Lunatic asylums Burma 1907-21 - 1907-1921
Year: 1907
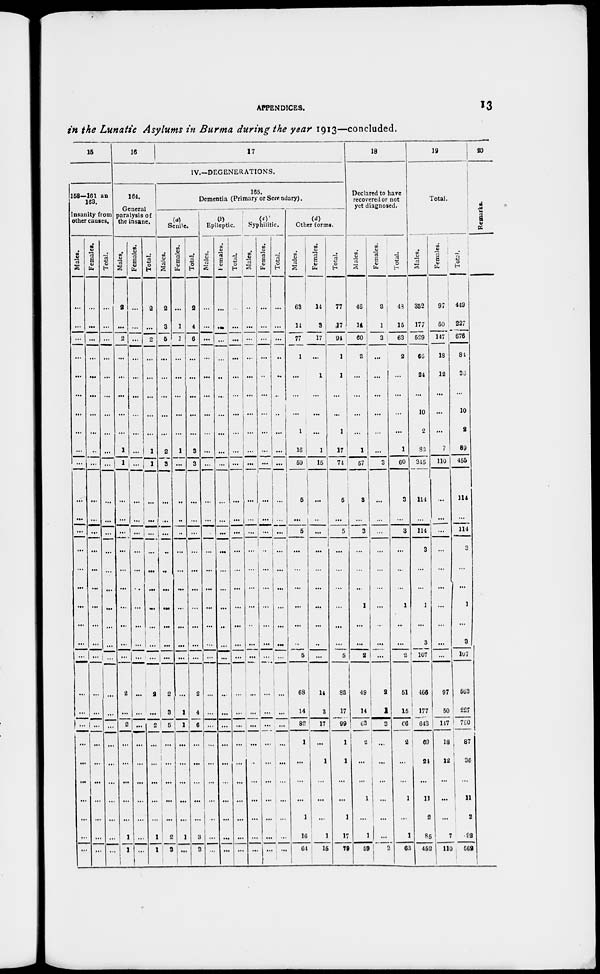
APPENDICES.
13
in the Lunatic Asylums in Burma during the year 1913—concluded.
15
158—161 an
163.
Insanity from
other causes.
Males.
...
...
...
...
...
...
...
...
...
...
...
...
...
...
...
...
...
...
...
...
...
...
...
...
...
...
...
...
Females.
...
...
...
...
...
...
...
...
...
...
...
...
...
...
...
...
...
...
...
...
...
...
...
...
...
...
...
...
Total.
...
...
...
...
...
...
...
...
...
...
...
...
...
...
...
...
...
...
...
...
...
...
...
...
...
...
...
...
16
17
IV.—DEGENERATIONS.
164.
General
paralysis of
the insane.
Males.
2
...
2
...
...
...
...
1
1
...
...
...
...
...
...
...
...
...
2
...
2
...
...
...
...
...
1
1
Females.
...
...
...
...
...
...
...
...
...
...
...
...
...
...
...
...
...
...
...
...
...
...
...
...
...
...
...
...
Total.
2
...
2
...
...
...
...
1
1
...
...
...
...
...
...
...
...
. ...
2
...
2
...
...
...
...
...
1
1
165.
Dementia (Primary or Secondary).
(a)
Senile.
Males.
2
3
5
...
...
...
...
2
3
...
...
...
...
...
...
...
...
...
2
3
5
...
...
...
...
2
3
Females.
...
1
1
...
...
...
...
1
...
...
...
...
...
...
...
...
...
...
...
1
1
...
...
...
...
...
1
...
Total.
2
4
6
...
...
...
...
3
3
...
...
...
...
...
...
...
...
...
2
4
6
...
...
...
...
3
3
(b)
Epileptic.
Males.
...
...
... ...
...
...
...
...
...
...
...
...
...
...
...
...
...
...
...
...
...
...
...
...
...
...
...
...
Females.
...
...
...
...
...
...
...
...
...
...
...
...
...
...
...
...
...
...
...
...
...
...
...
...
...
...
...
...
Total.
...
...
...
...
...
...
...
...
...
...
...
...
...
...
...
...
...
...
...
...
...
...
...
...
...
...
...
...
(c)
Syphilitic.
Males.
...
...
...
...
...
...
...
...
...
...
...
...
...
...
...
...
...
...
...
...
...
...
...
...
...
...
...
...
Females.
...
...
...
...
...
...
...
...
...
...
...
...
...
...
...
...
...
...
...
...
...
...
...
...
...
...
...
...
Total.
...
...
...
...
...
...
...
...
...
...
...
...
...
...
...
...
...
...
...
...
...
...
...
...
...
...
...
...
...
(d)
Other forms.
Males.
63
14
77
1
...
...
...
1
16
59
5
...
5
...
...
...
...
...
5
68
14
82
1
...
...
...
1
16
64
Females.
14
3
17
...
1
...
...
...
1
15
...
...
...
...
...
...
...
...
...
14
3
17
...
1
...
...
...
1
15
Total.
77
17
94
1
1
...
...
1
17
74
5
...
5
...
...
...
...
...
5
82
17
99
1
1
...
...
1
17
79
18
Declared to have
recovered or not
yet diagnosed.
Males.
46
14
60
2
...
...
...
...
1
57
3
...
3
...
...
...
1
...
2
49
14
63
2
...
...
1
...
1
59
Fe ma l
e s .
2
1
3
...
...
...
...
...
...
3
...
...
...
...
...
...
...
...
...
2
1
3
...
...
...
...
...
...
3
Tot al .
48
15
63
2
...
...
...
...
1
60
3
...
3
...
...
...
1
...
2
51
15
66
2
...
...
1
...
1
62
19
Total.
Males.
352
177
529
68
24
...
10
2
82
345
114
...
114
3
...
...
1
3
107
466
177
643
69
24
...
11
2
85
452
Females.
97
50
147
18
12
...
...
7
110
...
...
...
...
...
...
...
...
...
97
50
147
18
12
...
...
...
7
110
Total.
449
227
676
84
36
...
10
2
89
455
114
...
114
3
...
...
1
3
107
563
227
790
87
36
...
11
2
92
562
20
Remarks.